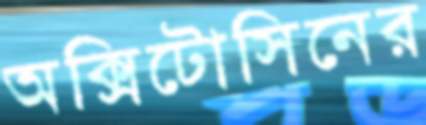
অক্সিটোসিনের